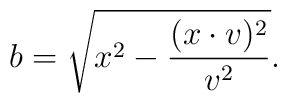
b = \sqrt{x^2 - \frac{(x \cdot v)^2}{v^2} }.